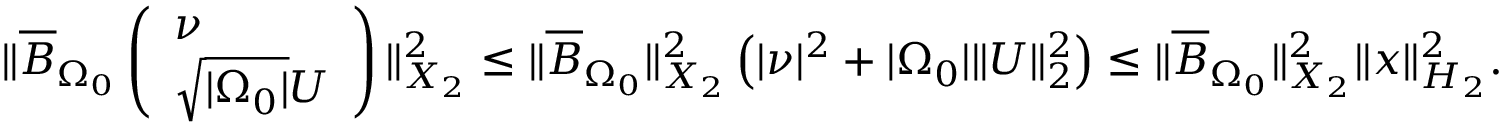
\begin{array} { r } { \| \overline { { B } } _ { \Omega _ { 0 } } \left( \begin{array} { l } { \nu } \\ { \sqrt { | { \Omega _ { 0 } } | } U } \end{array} \right) \| _ { X _ { 2 } } ^ { 2 } \leq \| \overline { { B } } _ { \Omega _ { 0 } } \| _ { X _ { 2 } } ^ { 2 } \left( | \nu | ^ { 2 } + | { \Omega _ { 0 } } | \| U \| _ { 2 } ^ { 2 } \right) \leq \| \overline { { B } } _ { \Omega _ { 0 } } \| _ { X _ { 2 } } ^ { 2 } \| x \| _ { H _ { 2 } } ^ { 2 } . } \end{array}